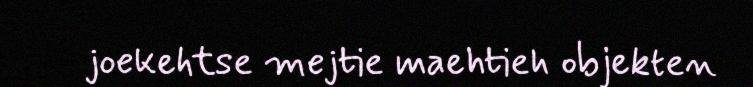
joekehtse mejtie maehtieh objekten